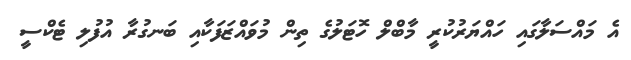
އެ މައްސަލާގައި ހައްޔަރުކުރީ މާބްލް ހޮޓަލުގެ ތިން މުވައްޒަަފަކާއި ބަނގުރާ އުފުލި ޓެކްސީ